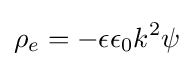
\rho _{e}=-\epsilon \epsilon _{0}k^{2}\psi